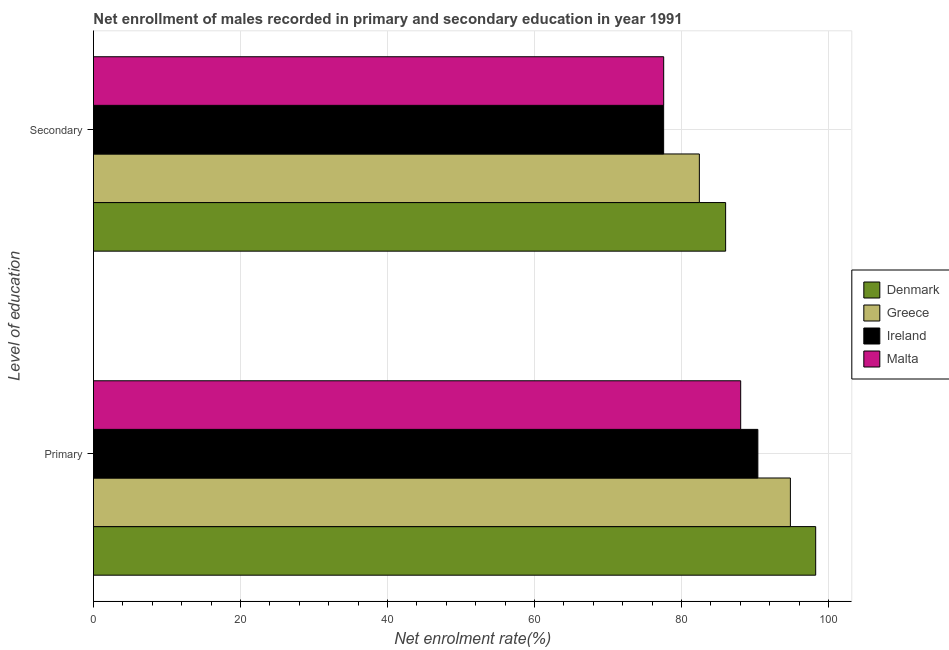
| Level of education | Denmark | Greece | Ireland | Malta |
 | --- | --- | --- | --- | --- |
 | Primary | 98.3 | 94.8 | 90.4 | 88 |
 | Secondary | 86 | 82.4 | 77.6 | 77.6 |